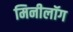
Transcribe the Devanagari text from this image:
मिनीलॉग